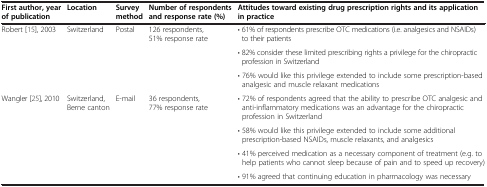
| First author, year of publication | Location | Survey method | Number of respondents and response rate (%) | Attitudes toward existing drug prescription rights and its application in practice |
 | --- | --- | --- | --- | --- |
 | <ROWSPAN=3> Robert [15], 2003 | <ROWSPAN=3> Switzerland | <ROWSPAN=3> Postal | <ROWSPAN=3> 126 respondents, 51% response rate | • 61% of respondents prescribe OTC medications (i.e. analgesics and NSAIDs) to their patients |
 | • 82% consider these limited prescribing rights a privilege for the chiropractic profession in Switzerland |
 | • 76% would like this privilege extended to include some prescription-based analgesic and muscle relaxant medications |
 | <ROWSPAN=4> Wangler [25], 2010 | <ROWSPAN=4> Switzerland, Berne canton | <ROWSPAN=4> E-mail | <ROWSPAN=4> 36 respondents, 77% response rate | • 72% of respondents agreed that the ability to prescribe OTC analgesic and anti-inflammatory medications was an advantage for the chiropractic profession in Switzerland |
 | • 58% would like this privilege extended to include some additional prescription-based NSAIDs, muscle relaxants, and analgesics |
 | • 41% perceived medication as a necessary component of treatment (e.g. to help patients who cannot sleep because of pain and to speed up recovery) |
 | • 91% agreed that continuing education in pharmacology was necessary |